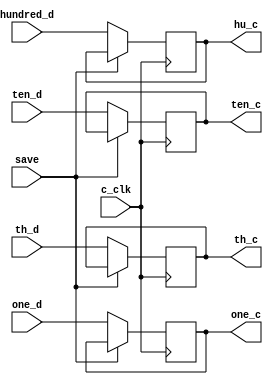
module Lock(c_clk,save,th_d,hundred_d,ten_d,one_d,th_c,hu_c,ten_c,one_c);
  input c_clk,save;
  input [3:0]th_d;
  input [3:0]hundred_d;
  input [3:0]ten_d;
  input [3:0]one_d;
  output [3:0]th_c;
  output [3:0]hu_c;
  output [3:0]ten_c;
  output [3:0]one_c;
  
  reg [3:0]th_cb;
  reg [3:0]hu_cb;
  reg [3:0]ten_cb;
  reg [3:0]one_cb;
  
  assign th_c=th_cb;
  assign hu_c=hu_cb;
  assign ten_c=ten_cb;
  assign one_c=one_cb;
  
  always @(posedge c_clk)
  begin
    if(~save)
      begin
        th_cb<=th_d;
        hu_cb<=hundred_d;
        ten_cb<=ten_d;
        one_cb<=one_d;
      end
  end
  
endmodule